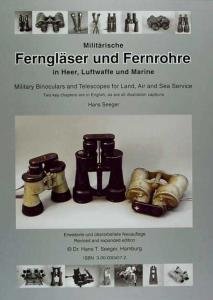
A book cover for Militarische Fernglaser und Fernrohre in Heer, Luftwaffe und Marine =: Military binoculars and telescopes for land, air and sea service (German Edition); Hans Seeger; Science & Math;